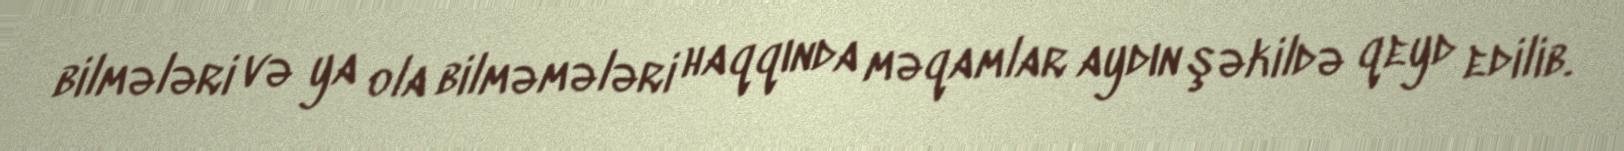
bilmələri və ya ola bilməmələri haqqında məqamlar aydın şəkildə qeyd edilib.